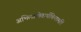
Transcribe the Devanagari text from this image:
अभिलाषितार्थचिन्तामणि